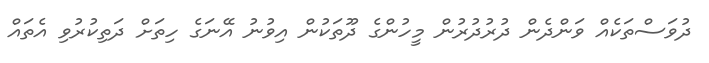
ދުވަސްތަކެއް ވަންދެން ދުރުދުރުން މީހުންގެ ދޫތަކުން އިވުނު އޭނަގެ ހިތަށް ދަތިކުރުވި އެތައް